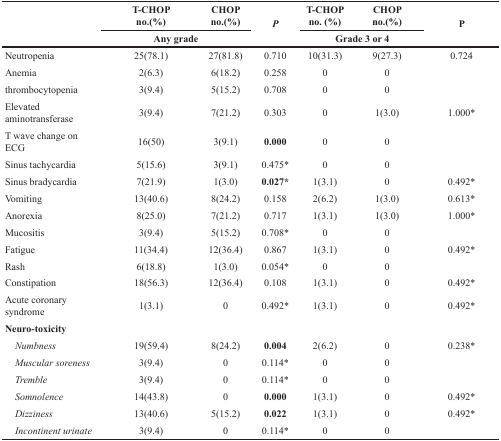
<table><thead><tr><td rowspan="2"></td><td><b>T-CHOPno.(%)</b></td><td><b>CHOPno.(%)</b></td><td rowspan="2"><b><i>P</i></b></td><td><b>T-CHOPno. (%)</b></td><td><b>CHOPno.(%)</b></td><td rowspan="2"><b>P</b></td></tr><tr><td colspan="2"><b>Any grade</b></td><td colspan="2"><b>Grade 3 or 4</b></td></tr></thead><tbody><tr><td>Neutropenia</td><td>25(78.1)</td><td>27(81.8)</td><td>0.710</td><td>10(31.3)</td><td>9(27.3)</td><td>0.724</td></tr><tr><td>Anemia</td><td>2(6.3)</td><td>6(18.2)</td><td>0.258</td><td>0</td><td>0</td><td></td></tr><tr><td>thrombocytopenia</td><td>3(9.4)</td><td>5(15.2)</td><td>0.708</td><td>0</td><td>0</td><td></td></tr><tr><td>Elevated aminotransferase</td><td>3(9.4)</td><td>7(21.2)</td><td>0.303</td><td>0</td><td>1(3.0)</td><td>1.000*</td></tr><tr><td>T wave change on ECG</td><td>16(50)</td><td>3(9.1)</td><td><b>0.000</b></td><td>0</td><td>0</td><td></td></tr><tr><td>Sinus tachycardia</td><td>5(15.6)</td><td>3(9.1)</td><td>0.475*</td><td>0</td><td>0</td><td></td></tr><tr><td>Sinus bradycardia</td><td>7(21.9)</td><td>1(3.0)</td><td><b>0.027*</b></td><td>1(3.1)</td><td>0</td><td>0.492*</td></tr><tr><td>Vomiting</td><td>13(40.6)</td><td>8(24.2)</td><td>0.158</td><td>2(6.2)</td><td>1(3.0)</td><td>0.613*</td></tr><tr><td>Anorexia</td><td>8(25.0)</td><td>7(21.2)</td><td>0.717</td><td>1(3.1)</td><td>1(3.0)</td><td>1.000*</td></tr><tr><td>Mucositis</td><td>3(9.4)</td><td>5(15.2)</td><td>0.708*</td><td>0</td><td>0</td><td></td></tr><tr><td>Fatigue</td><td>11(34.4)</td><td>12(36.4)</td><td>0.867</td><td>1(3.1)</td><td>0</td><td>0.492*</td></tr><tr><td>Rash</td><td>6(18.8)</td><td>1(3.0)</td><td>0.054*</td><td>0</td><td>0</td><td></td></tr><tr><td>Constipation</td><td>18(56.3)</td><td>12(36.4)</td><td>0.108</td><td>1(3.1)</td><td>0</td><td>0.492*</td></tr><tr><td>Acute coronary syndrome</td><td>1(3.1)</td><td>0</td><td>0.492*</td><td>1(3.1)</td><td>0</td><td>0.492*</td></tr><tr><td colspan="7"><b>Neuro-toxicity</b></td></tr><tr><td> <i>Numbness</i></td><td>19(59.4)</td><td>8(24.2)</td><td><b>0.004</b></td><td>2(6.2)</td><td>0</td><td>0.238*</td></tr><tr><td> <i>Muscular soreness</i></td><td>3(9.4)</td><td>0</td><td>0.114*</td><td>0</td><td>0</td><td></td></tr><tr><td> <i>Tremble</i></td><td>3(9.4)</td><td>0</td><td>0.114*</td><td>0</td><td>0</td><td></td></tr><tr><td> <i>Somnolence</i></td><td>14(43.8)</td><td>0</td><td><b>0.000</b></td><td>1(3.1)</td><td>0</td><td>0.492*</td></tr><tr><td> <i>Dizziness</i></td><td>13(40.6)</td><td>5(15.2)</td><td><b>0.022</b></td><td>1(3.1)</td><td>0</td><td>0.492*</td></tr><tr><td> <i>Incontinent urinate</i></td><td>3(9.4)</td><td>0</td><td>0.114*</td><td>0</td><td>0</td><td></td></tr></tbody></table>